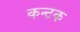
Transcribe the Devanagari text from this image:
कन्टक